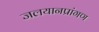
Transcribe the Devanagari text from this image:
जलयानप्रांगण